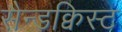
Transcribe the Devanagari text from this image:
सैन्डक्विस्ट